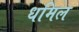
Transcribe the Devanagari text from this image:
धमिल